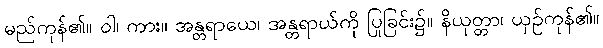
မည်ကုန်၏။ ဝါ၊ ကား။ အန္တရာယေ၊ အန္တရာယ်ကို ပြုခြင်း၌။ နိယုတ္တာ၊ ယှဉ်ကုန်၏။